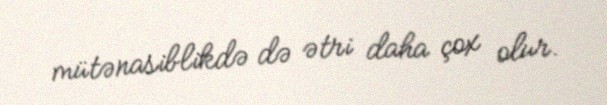
mütənasiblikdə də ətri daha çox olur.